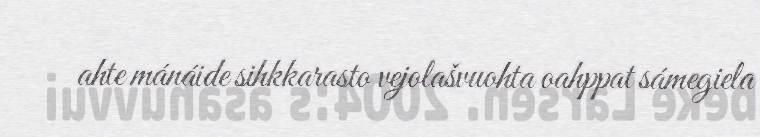
ahte mánáide sihkkarasto vejolašvuohta oahppat sámegiela